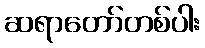
ဆရာတော်တစ်ပါး